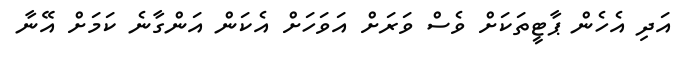
އަދި އެހެން ޕާޓީތަކަށް ވެސް ވަރަށް އަވަހަށް އެކަން އަންގާނެ ކަމަށް އޭނާ